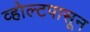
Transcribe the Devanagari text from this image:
व्होल्टपासून